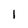
Character: 1